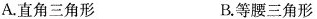
A.直角三角形 B.等腰三角形